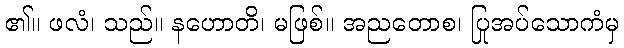
၏။ ဖလံ၊ သည်။ နဟောတိ၊ မဖြစ်။ အညတောစ၊ ပြုအပ်သောကံမှ